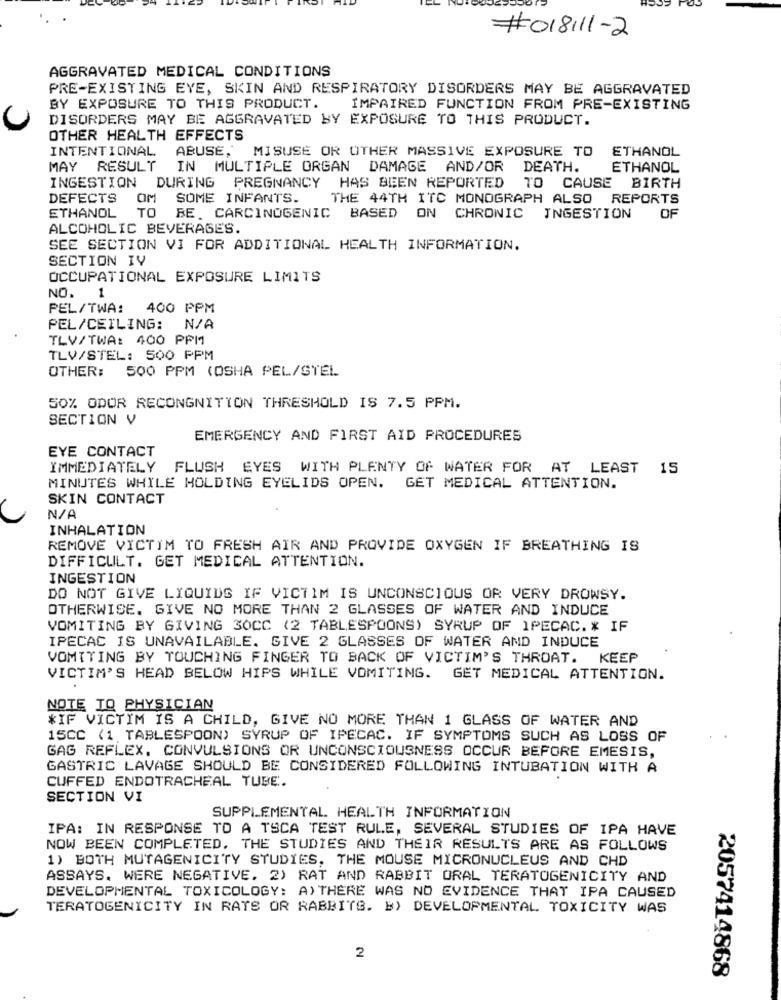
#018111-2
AGGRAVATED MEDICAL CONDITIONS
PRE-EXISTING EYE, SKIN AND RESPIRATORY DISORDERS MAY BE AGGRAVATED
BY EXPOSURE TO THIS PRODUCT.
IMPAIRED FUNCTION FROM PRE-EXISTING
DISORDERS MAY BE AGGRAVATED BY EXPOSURE TO THIS PRODUCT.
OTHER HEALTH EFFECTS
INTENTIONAL
ABUSE,
MISUSE OR OTHER MASSIVE EXPOSURE TO
ETHANOL
MAY RESULT
IN MULTIPLE ORGAN DAMAGE AND/OR
DEATH.
ETHANOL
INGESTION DURING PREGNANCY HAS BEEN REPORTED
TO CAUSE BIRTH
DEFECTS
OM
SOME INFANTS.
THE 44TH ITC MONOGRAPH ALSO REPORTS
OF
ETHANOL
TO BE. CARCINOGENIC BASED ON CHRONIC INGESTION
ALCOHOLIC BEVERAGES.
SEE SECTION VI FOR ADDITIONAL HEALTH INFORMATION.
SECTION IV
OCCUPATIONAL EXPOSURE LIMITS
NO.
PEL/TWA:
400 PPM
PEL/CEILING:
TLV/TWA: 400 PPM1
TLV/STEL: 500 PPM
OTHER:
500 PPM (OSHA PEL/STEL
50% ODOR RECONGNITION THRESHOLD IS 7.5 PPM.
SECTION V
EMERGENCY AND FIRST AID PROCEDURES
EYE CONTACT
IMMEDIATELY FLUSH EYES WITH PLENTY OF WATER FOR AT LEAST 15
MINUTES WHILE HOLDING EYELIDS OPEN. GET MEDICAL ATTENTION.
SKIN CONTACT
INHALATION
REMOVE VICTIM TO FRESH AIR AND PROVIDE OXYGEN IF BREATHING IS
DIFFICULT. GET MEDICAL ATTENTION.
INGESTION
DO NOT GIVE LIQUIDS IF VICTIM IS UNCONSCIOUS OR VERY DROWSY.
OTHERWISE. GIVE NO MORE THAN 2 GLASSES OF WATER AND INDUCE
VOMITING BY GIVING 30CC (2 TABLESPOONS) SYRUP OF IPECAC. * IF
IPECAC IS UNAVAILABLE. GIVE 2 GLASSES OF WATER AND INDUCE
VOMITING BY TOUCHING FINGER TO BACK OF VICTIM'S THROAT. KEEP
VICTIM'S HEAD BELOW HIPS WHILE VOMITING. GET MEDICAL ATTENTION.
NOTE TO PHYSICIAN
*IF VICTIM IS A CHILD, GIVE NO MORE THAN 1 GLASS OF WATER AND
15CC (1 TABLESPOON) SYRUP OF IPECAC. IF SYMPTOMS SUCH AS LOSS OF
GAG REFLEX. CONVULSIONS OR UNCONSCIOUSNESS OCCUR BEFORE EMESIS,
GASTRIC LAVAGE SHOULD BE CONSIDERED FOLLOWING INTUBATION WITH A
CUFFED ENDOTRACHEAL TUBE.
SECTION VI
SUPPLEMENTAL HEALTH INFORMATION
IPA: IN RESPONSE TO A TSCA TEST RULE, SEVERAL STUDIES OF IPA HAVE
NOW BEEN COMPLETED. THE STUDIES AND THEIR RESULTS ARE AS FOLLOWS
1) BOTH MUTAGENICITY STUDIES, THE MOUSE MICRONUCLEUS AND CHD
ASSAYS. WERE NEGATIVE. 2) RAT AND RABBIT ORAL TERATOGENICITY AND
DEVELOPMENTAL TOXICOLOGY: A)THERE WAS NO EVIDENCE THAT IPA CAUSED
TERATOGENICITY IN RATS OR RABBITS. B) DEVELOPMENTAL TOXICITY WAS
2
2057414868